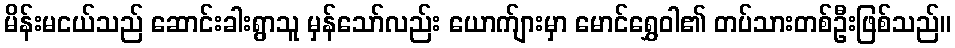
မိန်းမငယ်သည် ဆောင်းခါးရွာသူ မှန်သော်လည်း ယောက်ျားမှာ မောင်ရွှေဝါ၏ တပ်သားတစ်ဦးဖြစ်သည်။